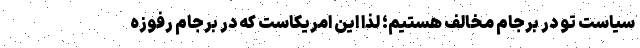
سياست تو در برجام مخالف هستيم؛ لذا اين امريكاست كه در برجام رفوزه